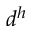
d ^ { h }